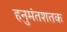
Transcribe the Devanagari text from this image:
हनुमंतशतक